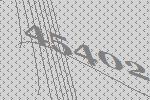
45402